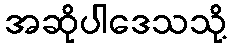
အဆိုပါဒေသသို့